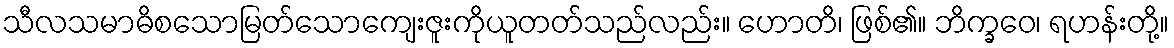
သီလသမာဓိစသောမြတ်သောကျေးဇူးကိုယူတတ်သည်လည်း။ ဟောတိ၊ ဖြစ်၏။ ဘိက္ခဝေ၊ ရဟန်းတို့။